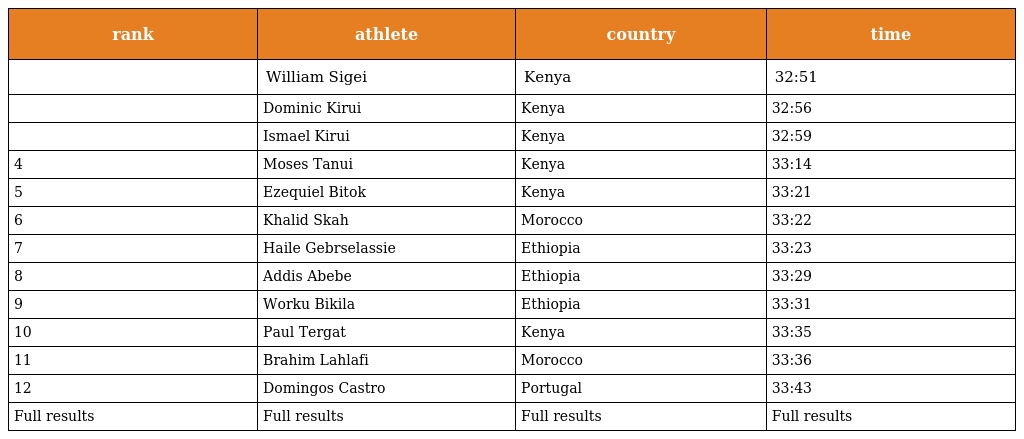
| rank | athlete | country | time |
 | --- | --- | --- | --- |
 |  | William Sigei | Kenya | 32:51 |
 |  | Dominic Kirui | Kenya | 32:56 |
 |  | Ismael Kirui | Kenya | 32:59 |
 | 4 | Moses Tanui | Kenya | 33:14 |
 | 5 | Ezequiel Bitok | Kenya | 33:21 |
 | 6 | Khalid Skah | Morocco | 33:22 |
 | 7 | Haile Gebrselassie | Ethiopia | 33:23 |
 | 8 | Addis Abebe | Ethiopia | 33:29 |
 | 9 | Worku Bikila | Ethiopia | 33:31 |
 | 10 | Paul Tergat | Kenya | 33:35 |
 | 11 | Brahim Lahlafi | Morocco | 33:36 |
 | 12 | Domingos Castro | Portugal | 33:43 |
 | Full results | Full results | Full results | Full results |